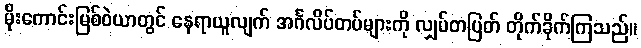
မိုးကောင်းမြစ်ဝဲယာတွင် နေရာယူလျက် အင်္ဂလိပ်တပ်များကို လျှပ်တပြတ် တိုက်ခိုက်ကြသည်။